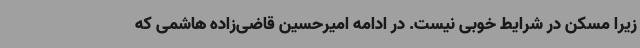
زیرا مسکن در شرایط خوبی نیست. در ادامه امیرحسین قاضی‌زاده هاشمی که